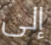
إلى